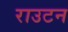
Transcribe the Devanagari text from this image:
राउटन